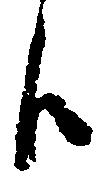
候